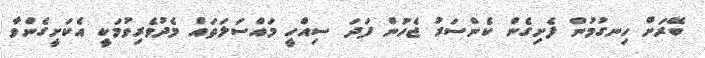
ބޭރަށް ހިނގުމުން ފެށިގެން ކެންސަރު ޖެހުން ފަދަ ސިއްހީ މައްސަލަތައް މެދުވެރިވުމަކީ އެކަށީގެންވާ